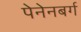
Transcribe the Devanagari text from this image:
पेनेनबर्ग